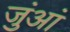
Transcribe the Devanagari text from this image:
जुंआं